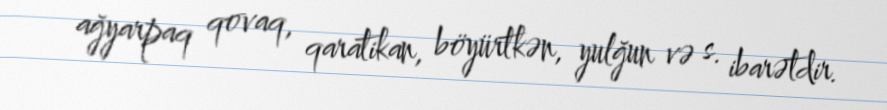
ağyarpaq qovaq, qaratikan, böyürtkən, yulğun və s. ibarətdir.